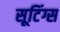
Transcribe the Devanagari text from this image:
सूटिंग्स